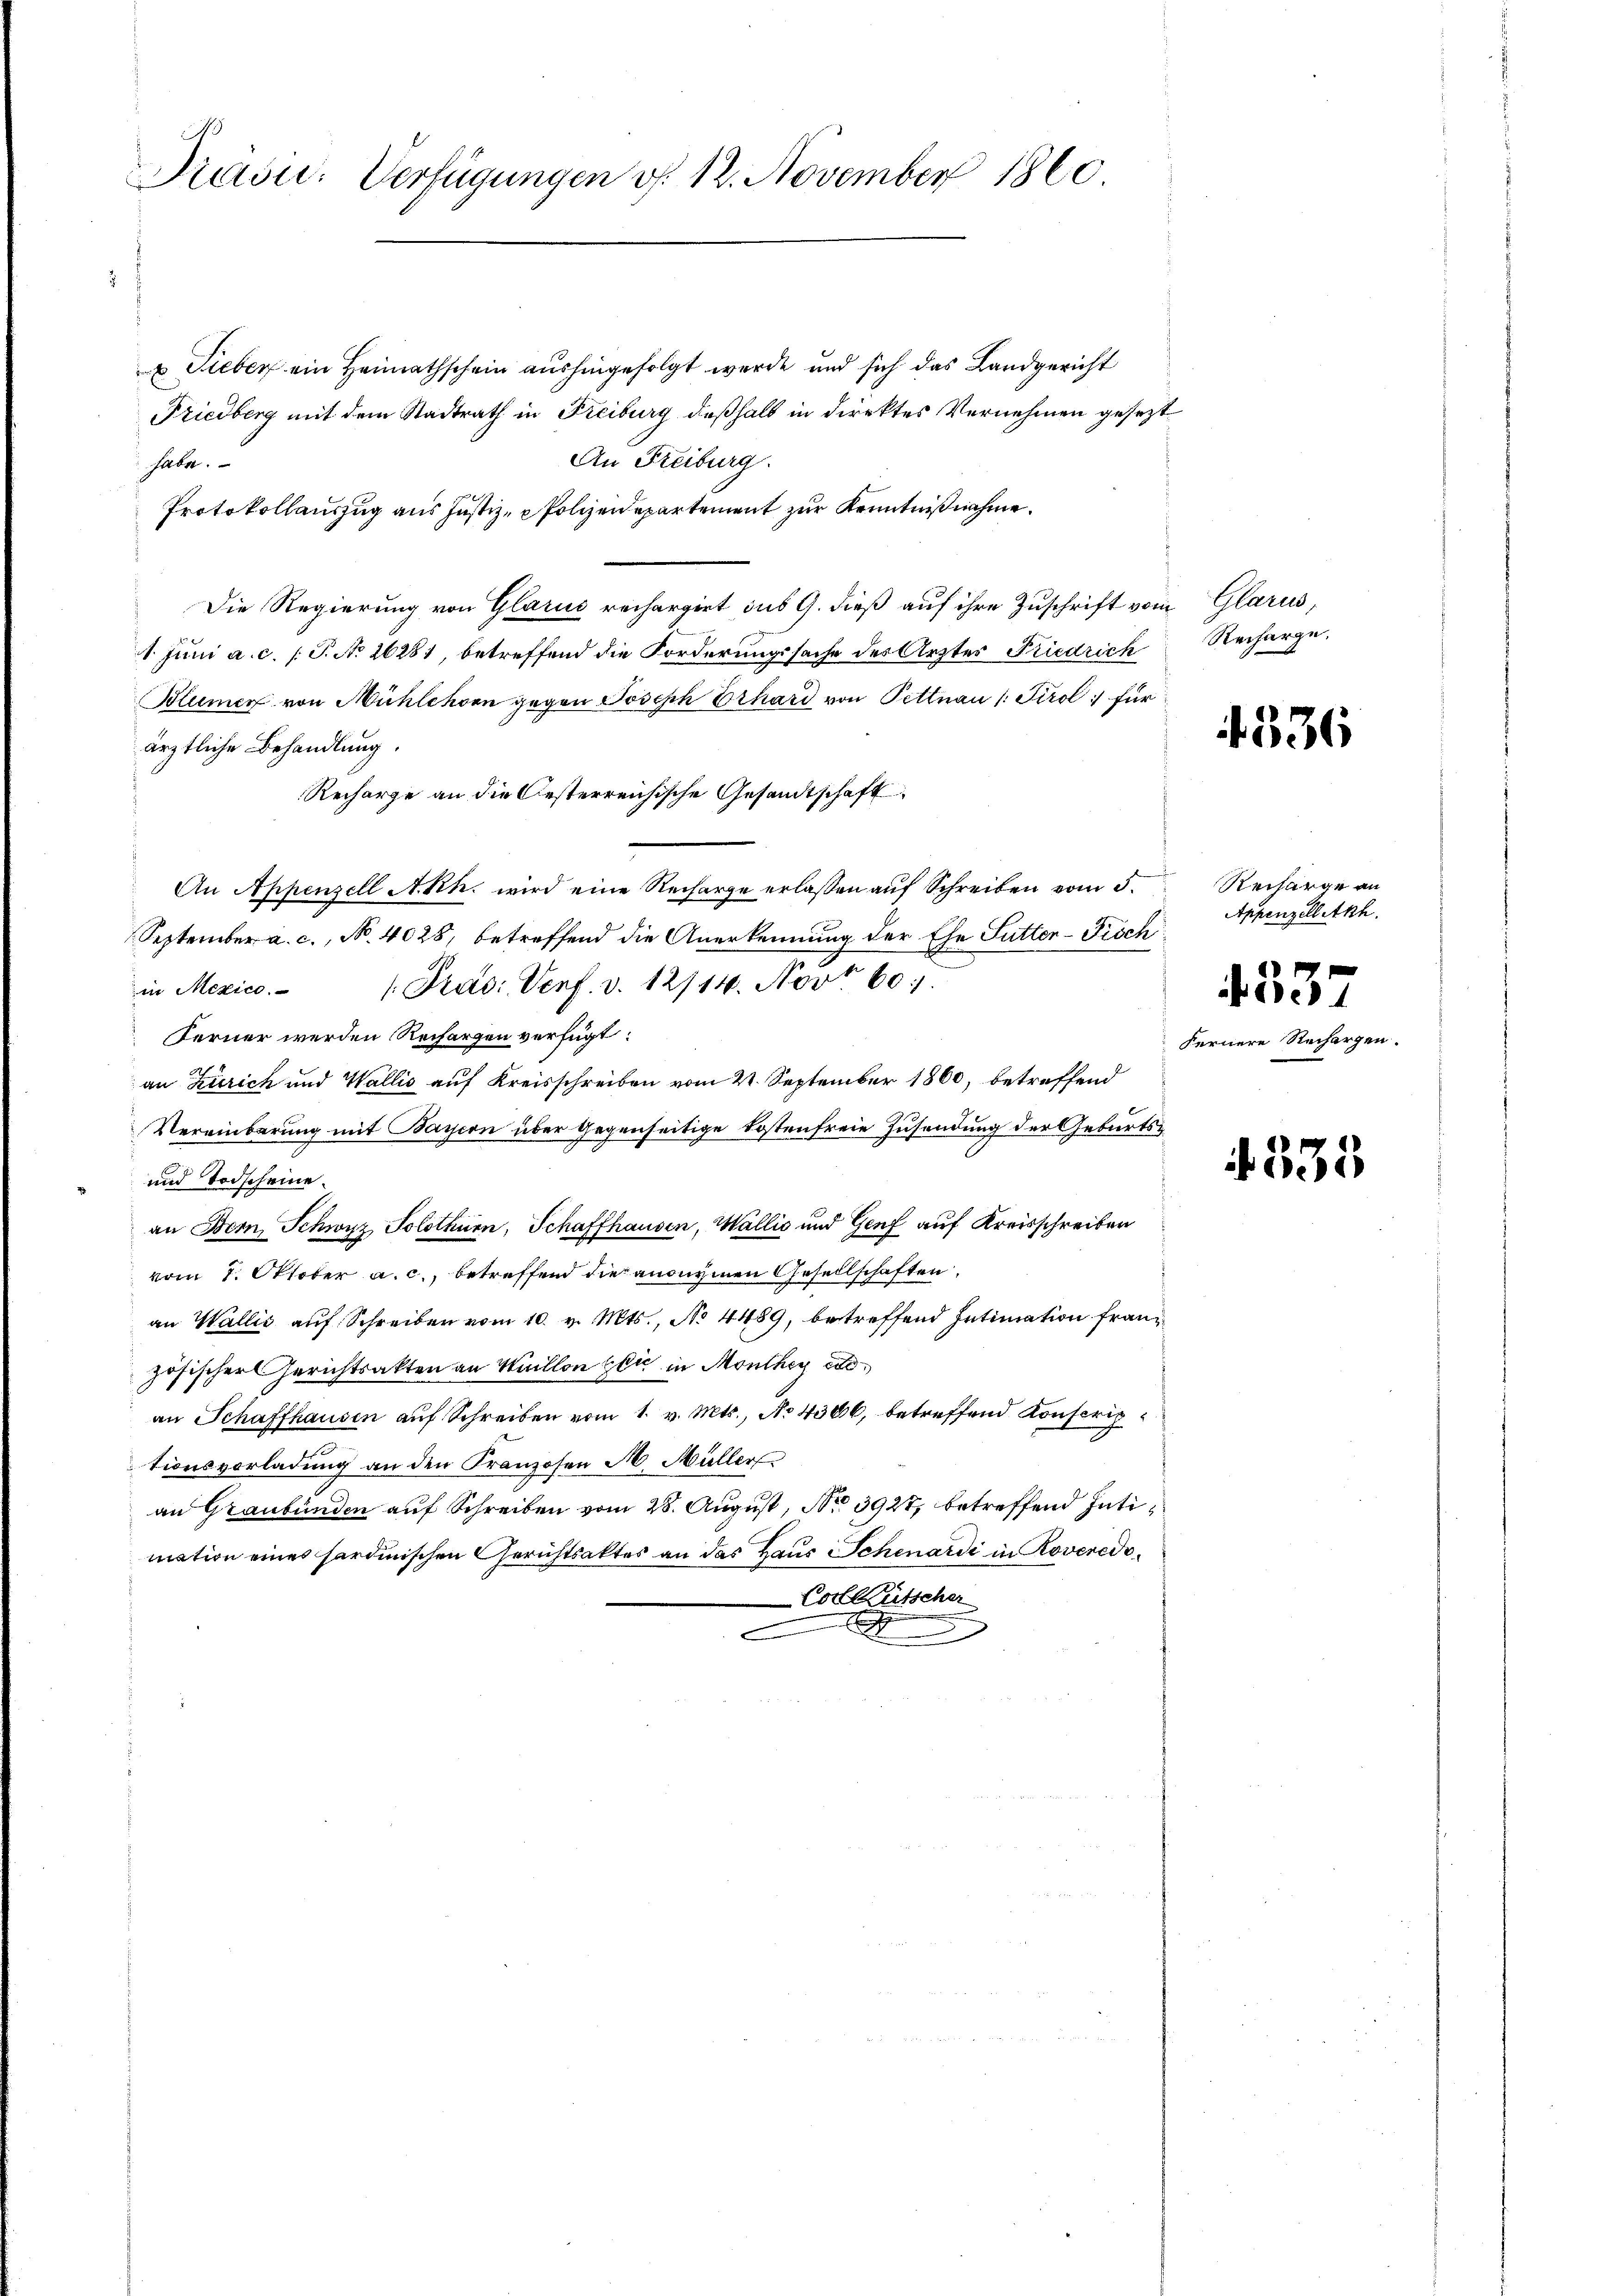
Präsu: Verfügungen v. 12. November 1860

u Sieber ein Heimathschein aushingefolgt werde und sich das Landgericht
Friedberg mit dem Stadtrath in Freiburg deßhalb in direktes Vernehmen gesezt
An Freiburg.
habe.
Protokollauszug aus Justiz- & Polizeidepartement zur Kenntnißnahme.
Die Regierung von Glarus rechargirt dus G. dieß auf ihre Zuschrift vom Glarus,
1. Juni a. c. (T. No 26281, betreffend die Forderungssache des Arztes Friedrich
Blumer von Mühlehorn gegen Joseph Erhard von Pettnau (Tirol für
ärztliche Behandlung.
Recharge an die Oesterreichische Gesandtschaft
An Appenzell A.Rh. wird eine Recharge erlassen auf Schreiben vom 5.
September a. c., No. 4028, betreffend die Anerkennung der Ehe Futter-Fisch
in Mexico. /: Pras: Verf. v. 12/14. Novt 60:
Ferner werden Rechargen verfügt:
an Zürich und Wallis auf Kreisschreiben vom 21. September 1860, betreffend
Vereinbarung mit Bayern über Gegenseitige Kostenfreie Zusendung der Geburts¬
und Todscheine
an Bern, Schwyz Solothurn, Schaffhausen, Wallić und Genf auf Kreisschreiben
vom 1. Oktober a. c., betreffend die anonymen Gesellschaften
an Wallis auf Schreiben vom 10. v. Mts., No 4489, betreffend Intimation französischer Gerichtsakten an Huillon sei in Monthey ei
an Schaffhausen auf Schreiben vom 1. v. Mts., No 4306, betreffend Konscrip
tionsvorladung an den Franzosen M. Müller
an Graubünden auf Schreiben vom 28. August, No 3927 betreffend Intimation eines sardinischen Gerichtsaktes an das Haus Schenardi in Roveredo¬
Colletscher
e
e

Recharge.

4336

Recharge an
Appenzell Akh.
4337
Fernere Rechargen.

335